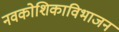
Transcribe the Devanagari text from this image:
नवकोशिकाविभाजन